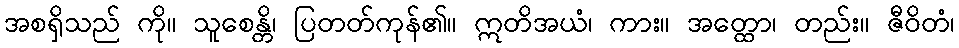
အစရှိသည် ကို။ သူစေန္တိ၊ ပြတတ်ကုန်၏။ ဣတိအယံ၊ ကား။ အတ္ထော၊ တည်း။ ဇီဝိတံ၊